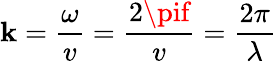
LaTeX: \mathbf{k}={\frac{{\omega}}{{v}}}={\frac{{2\pif}}{{v}}}={\frac{{2\pi}}{{\lambda}}}